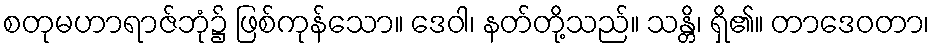
စတုမဟာရာဇ်ဘုံ၌ ဖြစ်ကုန်သော။ ဒေဝါ၊ နတ်တို့သည်။ သန္တိ၊ ရှိ၏။ တာဒေဝတာ၊